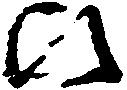
ひ